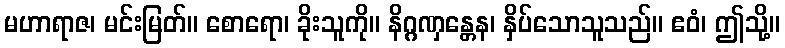
မဟာရာဇ၊ မင်းမြတ်။ စောရော၊ ခိုးသူကို။ နိဂ္ဂဏှန္တေန၊ နှိပ်သောသူသည်။ ဧဝံ၊ ဤသို့။